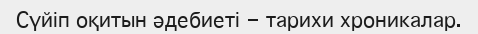
Сүйіп оқитын әдебиеті - тарихи хроникалар.